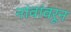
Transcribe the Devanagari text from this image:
नांवांवरून